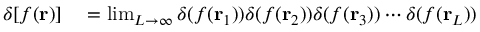
\begin{array} { r l } { \delta [ f ( \mathbf { r } ) ] } & { { } = \operatorname* { l i m } _ { L \rightarrow \infty } \delta ( f ( \mathbf { r } _ { 1 } ) ) \delta ( f ( \mathbf { r } _ { 2 } ) ) \delta ( f ( \mathbf { r } _ { 3 } ) ) \cdots \delta ( f ( \mathbf { r } _ { L } ) ) } \end{array}